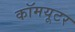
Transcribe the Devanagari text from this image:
कॉमयूटर